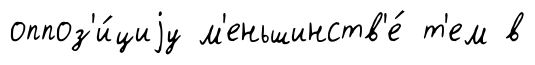
оппоз'и́циjу м'еньшинств'е́ т'ем в